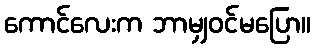
ကောင်လေးက ဘာမျှဝင်မပြော။